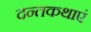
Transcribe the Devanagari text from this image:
दन्तकथाएं